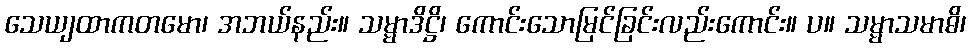
သေယျထာကတမော၊ အဘယ်နည်း။ သမ္မာဒိဋ္ဌိ၊ ကောင်းသောမြင်ခြင်းလည်းကောင်း။ ပ။ သမ္မာသမာဓိ၊